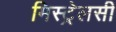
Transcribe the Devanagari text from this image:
मिस्ट्रेलसी